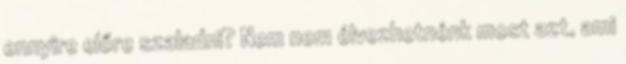
ennyire előre szaladni? Nem nem élvezhetnénk most azt, ami